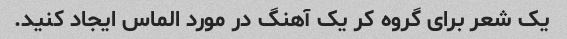
یک شعر برای گروه کر یک آهنگ در مورد الماس ایجاد کنید.